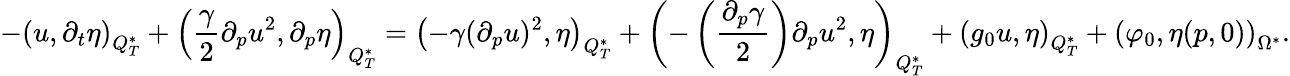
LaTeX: -\left(u,\partial_{t}\eta\right)_{Q_{T}^{*}}+\left(\frac{\gamma}{2}\partial_{p}u^{2},\partial_{p}\eta\right)_{Q_{T}^{*}}=\left(-\gamma(\partial_{p}u)^{2},\eta\right)_{Q_{T}^{*}}+\left(-\left(\frac{\partial_{p}\gamma}{2}\right)\partial_{p}u^{2},\eta\right)_{Q_{T}^{*}}+\left(g_{0}u,\eta\right)_{Q_{T}^{*}}+\left(\varphi_{0},\eta(p,0)\right)_{\Omega^{*}}.